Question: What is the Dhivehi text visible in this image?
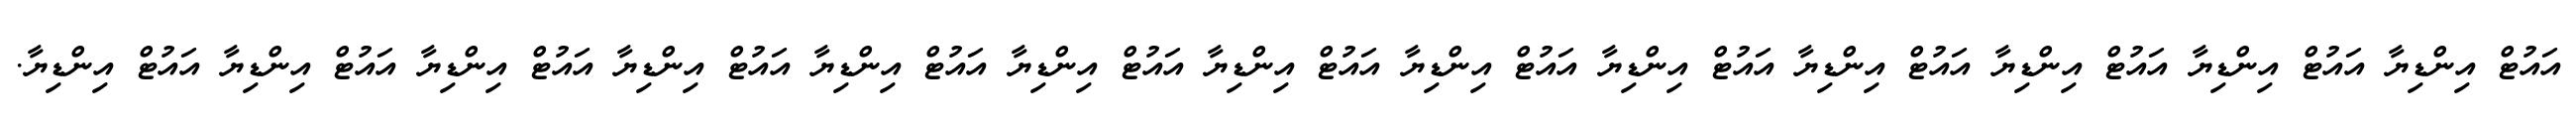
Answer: އައުޓް އިންޑިޔާ އައުޓް އިންޑިޔާ އައުޓް އިންޑިޔާ އައުޓް އިންޑިޔާ އައުޓް އިންޑިޔާ އައުޓް އިންޑިޔާ އައުޓް އިންޑިޔާ އައުޓް އިންޑިޔާ އައުޓް އިންޑިޔާ އައުޓް އިންޑިޔާ އައުޓް އިންޑިޔާ އައުޓް އިންޑިޔާ އައުޓް އިންޑިޔާ.